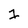
Character: 1